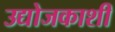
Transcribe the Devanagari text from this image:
उद्योजकाशी